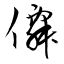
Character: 僊